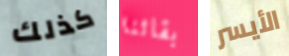
كذلك بقائنا الأيسر